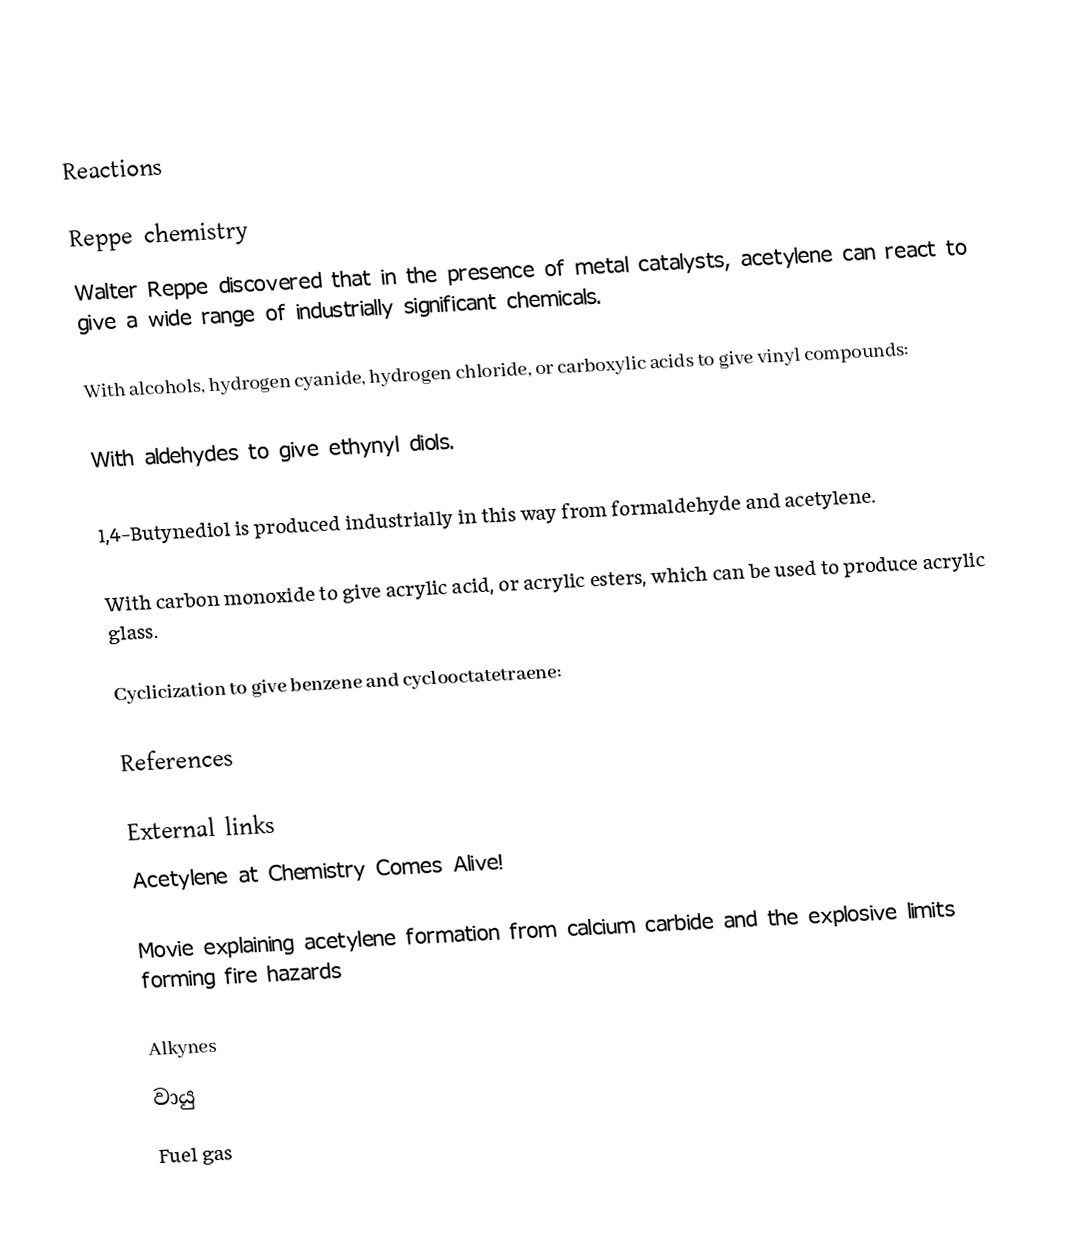

Reactions

Reppe chemistry
Walter Reppe discovered that in the presence of metal catalysts, acetylene can react to give a wide range of industrially significant chemicals.

 With alcohols, hydrogen cyanide, hydrogen chloride, or carboxylic acids to give vinyl compounds:

 With aldehydes to give ethynyl diols.

1,4-Butynediol is produced industrially in this way from formaldehyde and acetylene.

 With carbon monoxide to give acrylic acid, or acrylic esters, which can be used to produce acrylic glass.

 Cyclicization to give benzene and cyclooctatetraene:

References

External links
 Acetylene at Chemistry Comes Alive!

 Movie explaining acetylene formation from calcium carbide and the explosive limits forming fire hazards

Alkynes
වායු
Fuel gas